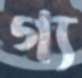
গ্য